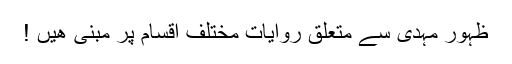
ظہورِ مہدی سے متعلق روایات مختلف اقسام پر مبنی ھیں !